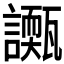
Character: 𧭌